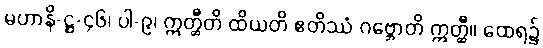
မဟာနိ-ဋ္ဌ-၄၆၊ ပါ-၉၊ ဣတ္ထီတိ ထိယတိ ဧတိဿံ ဂဗ္ဘောတိ ဣတ္ထီ။ ထေရ၌